King Institute of Preventive Medicine Micro-Biological Section reports 1909-11
Year: 1909
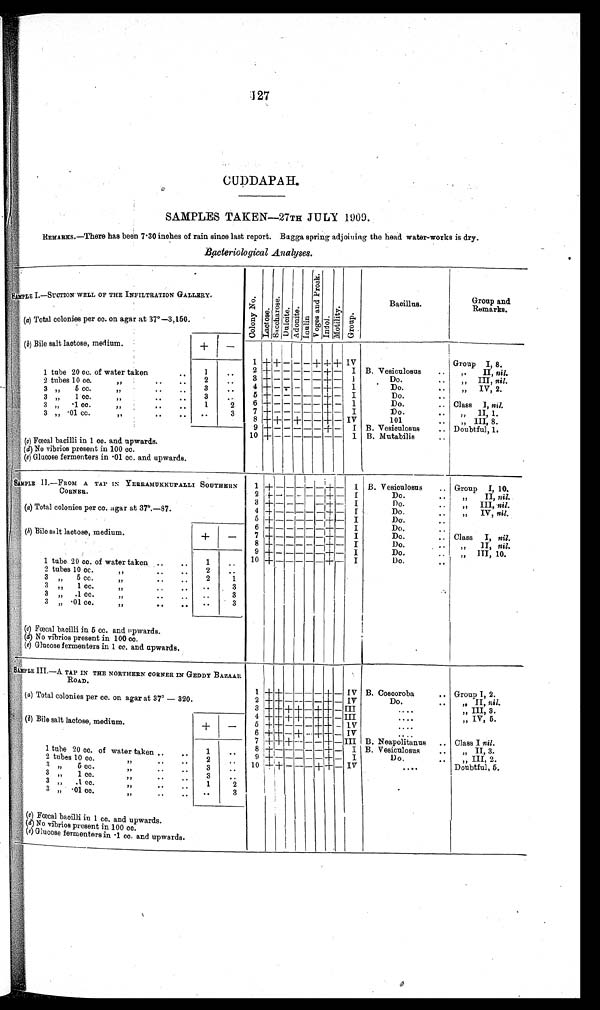
CUDDAPAH.
SAMPLES TAKEN—27TH JULY 1909.
REMARKS.—There has been 7.30 inches of rain since last report. Bagga spring adjoining the head water-works is dry.
Bacteriological Analyses.
SAMPLE I.—SUCTION WELL OF THE INFILTRATION GALLERY.
C o l o n y N .
L a c t o s e .
S a c c h a r o s e .
D u l c i t e .
A d o n i t e .
I n u l i n .
V o g e s a n d P r o s k .
I n d o l .
M o t i l i t y .
Group.
Bacillus.
Group and
Remarks.
(a ) Total colonies per cc. on agar at 37°—3,150.
(b ) Bile salt lactose, medium.
+
-
1 + + - - - +
IV
Group I, 8.
1 tube 20 cc. of water taken
. .
1
. .
2 + - - - - - + – IV B. Vesiculosus
..
" II, nil.
2
tubes
1 0 c c .
"
.. ..
2
. . 3 + - - - - - + - I
Do.
..
"III, nil.
3 "
5 c c .
"
.. ..
3
. .
4 + - - -
- + - I
Do.
.. „" IV, 2.
3 „"
1 c c .
," .. . . ,
3
. . 5 + -
- - - + - I
Do.
..
3 „"
. 1 c c .
" .. ..
1
2 6 + - - - - - + - I
Do.
.. Class I, nil.
3 " . 0 1 c c .
" .. ..
. .
3 7 + - - - - - + - I
Do.
..
" „
II, 1.
8 + + - - + - - + - IV
101
..
"
III, 8.
9 + - - - - - + - I B. Vesiculosus
.. Doubtful, 1.
10 + - - - - - - - I B. Mutabilis
. .
( c) Fœcal bacilli in 1 cc. and upwards.
(d) No vibrios present in 100 cc.
(e) Glucose fermenters in .01 cc. and upwards.
SAMPLE II.—FROM A TAP IN YERRAMUKKUPALLI SOUTHERN
CORNER.
1
+ - - - - - + + - I B. Vesiculosus
. . Group I, 10.
2 + - - - - - + - I
Do.
..
" II, nil.
3 + - - -
- + - I
Do.
. . " III, nil.
(a) Total colonies per cc. agar at 37°.—87.
4 + - - - - - + - I
Do.
. .
" IV, nil.
5 + - - - - - + - I
Do.
..
6 + - - - - - - + - I
Do.
..
(b) Bile salt lactose, medium.
+
-
7 + - - - - - + - I
Do.
.. Class I, nil.
8 + - - - - - + - I
Do.
..
" II, nil.
9 + - - - - - + - I
Do.
..
" III, 10.
10 + - - - - - + - I
Do.
. .
1 tube 20 cc. of water taken ..
..
1
. .
2 tubes 10 cc.
"
. .
. . 2
. .
3 " 5 cc.
"
..
..
2
1
3 " 1 cc.
"
..
..
. .
3
3 " .1 cc.
"
..
.. ..
3
3 "
. 0 1 c c .
"
..
.. ..
3
(c) Fœcal bacilli in 5 cc. and upwards.
(d) No vibrios present in 100 cc.
(e) Glucose fermenters in 1 cc. and upwards.
-
SAMPLE III.—A TAP IN THE NORTHERN CORNER IN GEDDY BAZAAR
ROAD.
1 + + - - - - + - IV B. Coscoroba
.. Group I, 2.
(a ) Total colonies per cc. on agar at 37°—320.
2 + + - - - - + - IV
Do.
..
" II, nil.
3 + + + + - + + - I I I
. . . .
" III, 3.
4 + + + + - + + - III
. . . .
" IV, 5.
( b) Bile salt lactose, medium.
+
-
5 + + - - - + +
- IV
....
6 + + - + - + + - IV
. . . .
7 + + + - - - + - III B. Neapolitanus . . Class I nil.
1 tube 20 cc. of water taken..
..
8 + - - - - - - + - I B. Vesiculosus
..
" II, 3.
1
. . 9 + - - - - - + - I
Do.
. .
" III, 2.
2 tubes 10 cc.
"
. .
. .
2
. .
1 0 + + - - - + + - IV
. . . .
Doubtful, 5.
3 " 5 c c .
"
. .
. .
3
. .
3 " 1 cc.
"
. .
. .
3
. .
3 " .1 cc.
"
. .
. .
1
2
3 "
. 0 1 c c .
"
..
..
. .
3
(a ) Fœcal bacilli in 1 cc. and upwards.
(d ) No vibrios present in 100 cc.
(e ) Glucose fermenters in .1 cc. and upwards.